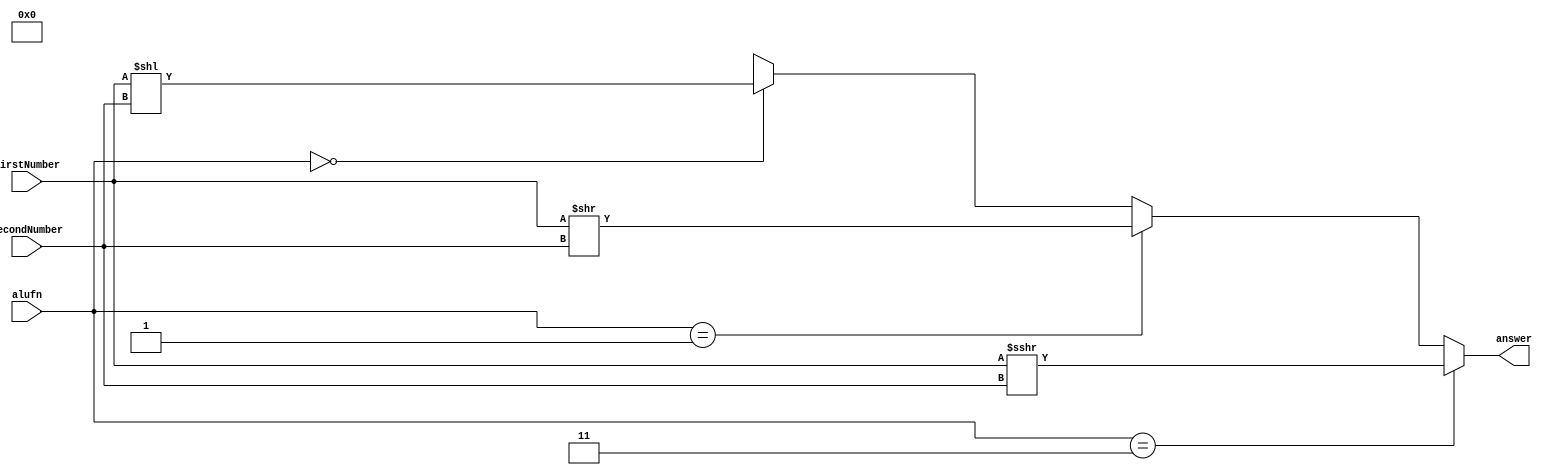
/*
   This file was generated automatically by Alchitry Labs version 1.1.6.
   Do not edit this file directly. Instead edit the original Lucid source.
   This is a temporary file and any changes made to it will be destroyed.
*/

module shft_9 (
    input [15:0] firstNumber,
    input [3:0] secondNumber,
    input [1:0] alufn,
    output reg [15:0] answer
  );
  
  
  
  always @* begin
    answer = 4'bxxxx;
    if (alufn == 2'h0) begin
      answer = firstNumber << (secondNumber);
    end
    if (alufn == 2'h1) begin
      answer = firstNumber >> (secondNumber);
    end
    if (alufn == 2'h3) begin
      answer = $signed(firstNumber) >>> (secondNumber);
    end
  end
endmodule